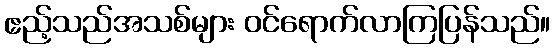
ဧည့်သည်အသစ်များ ဝင်ရောက်လာကြပြန်သည်။